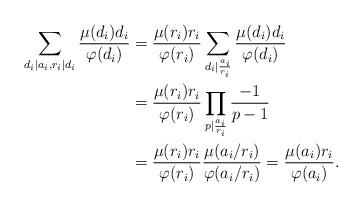
LaTeX: \begin{align*}\sum_{d_i\mid a_i,r_i\mid d_i}\frac{\mu(d_i)d_i}{\varphi(d_i)}&=\frac{\mu(r_i)r_i}{\varphi(r_i)}\sum_{d_i\mid\frac{a_i}{r_i}}\frac{\mu(d_i)d_i}{\varphi(d_i)}\\&=\frac{\mu(r_i)r_i}{\varphi(r_i)}\prod_{p\mid\frac{a_i}{r_i}}\frac{-1}{p-1}\\&=\frac{\mu(r_i)r_i}{\varphi(r_i)}\frac{\mu(a_i/r_i)}{\varphi(a_i/r_i)}=\frac{\mu(a_i)r_i}{\varphi(a_i)}.\end{align*}